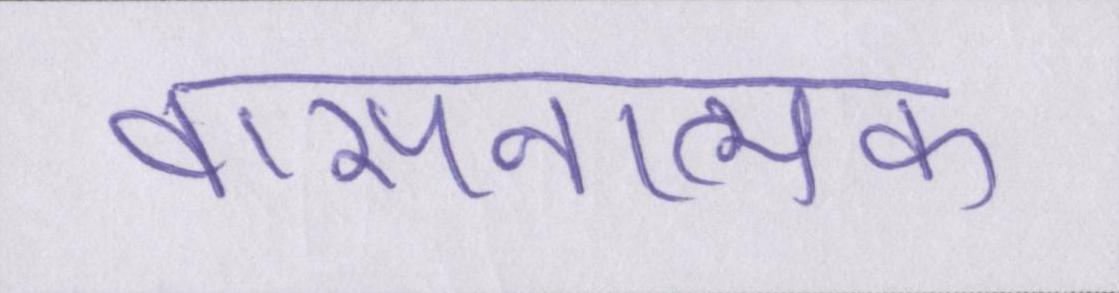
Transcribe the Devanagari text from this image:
वासनात्मक